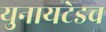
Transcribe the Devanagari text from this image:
युनायटेडच